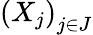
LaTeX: {(X_{j})}_{j\in J}